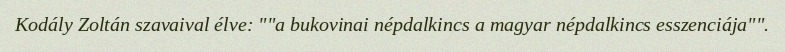
Kodály Zoltán szavaival élve: ""a bukovinai népdalkincs a magyar népdalkincs esszenciája"".